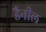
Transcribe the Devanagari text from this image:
डैनील